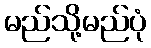
မည်သို့မည်ပုံ